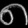
Digit: ၈